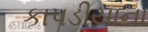
કાપડીયાના